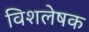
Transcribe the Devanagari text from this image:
विशलेषक